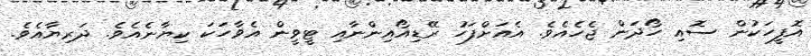
އޮފީހަކުން ސޮއި ހޯދަން ޖެހެއެވެ. އެއަށްފަހު ރޭޑިއޯއިންނާއި ޓީވީން އެވާހަކަ ކިޔާނެއެވެ. ދަރިޔާއެވެ.